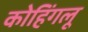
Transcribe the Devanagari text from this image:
कोहिंगलू